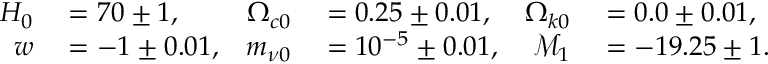
\begin{array} { r l r l r l } { H _ { 0 } } & { { } = 7 0 \pm 1 , } & { \Omega _ { c 0 } } & { { } = 0 . 2 5 \pm 0 . 0 1 , } & { \Omega _ { k 0 } } & { { } = 0 . 0 \pm 0 . 0 1 , } \\ { w } & { { } = - 1 \pm 0 . 0 1 , } & { m _ { \nu 0 } } & { { } = 1 0 ^ { - 5 } \pm 0 . 0 1 , } & { \mathcal { M } _ { 1 } } & { { } = - 1 9 . 2 5 \pm 1 . } \end{array}